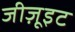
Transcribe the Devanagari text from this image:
जीज़ूइट